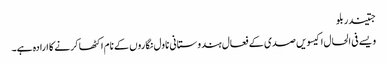
جتیندر بلو
ویسے فی الحال اکیسویں صدی کے فعال ہندوستانی ناول نگاروں کے نام اکٹھا کرنے کا ارادہ ہے۔